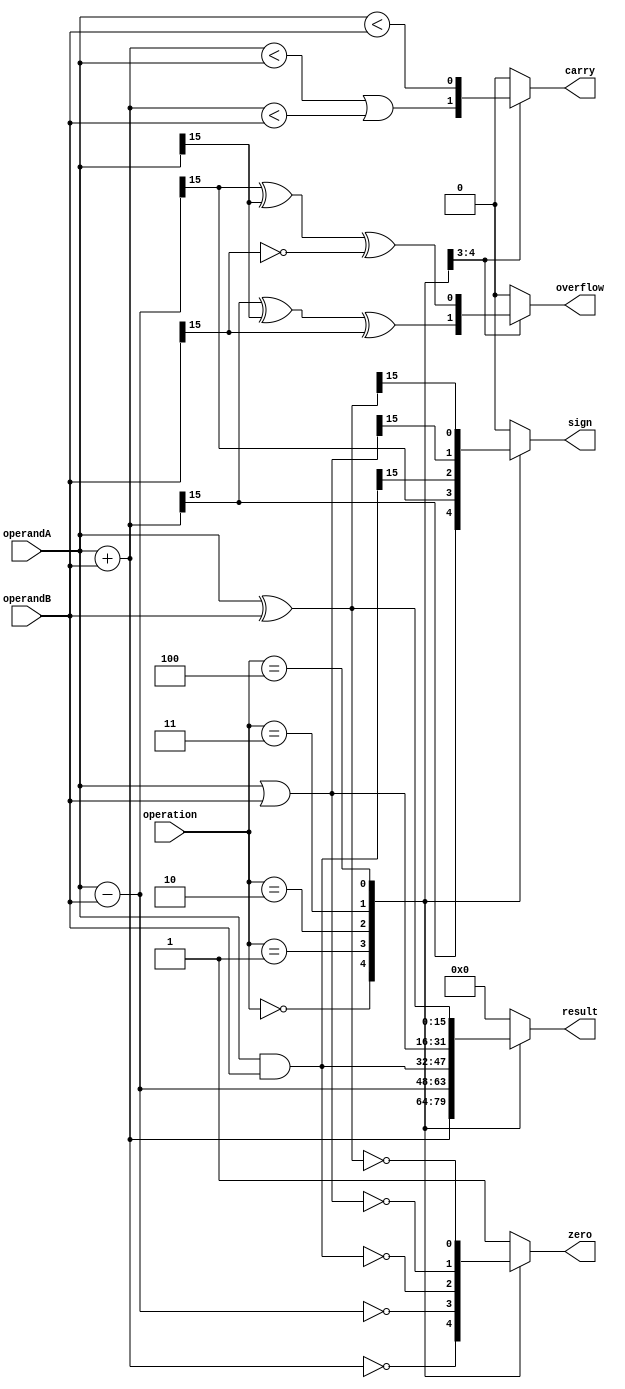
module ALU (
    input [15:0] operandA,
    input [15:0] operandB,
    input [3:0] operation,
    output reg [15:0] result,
    output reg zero,
    output reg overflow,
    output reg carry,
    output reg sign
);

always @ (operandA, operandB, operation) begin
    case (operation)
        4'b0000: begin // Addition
            result = operandA + operandB;
            zero = (result == 0);
            overflow = (result[15] ^ operandA[15] ^ operandB[15]);
            carry = (result < operandA || result < operandB);
            sign = result[15];
        end
        4'b0001: begin // Subtraction
            result = operandA - operandB;
            zero = (result == 0);
            overflow = (result[15] ^ operandA[15] ^ ~operandB[15]);
            carry = (operandA < operandB);
            sign = result[15];
        end
        4'b0010: begin // Bitwise AND
            result = operandA & operandB;
            zero = (result == 0);
            overflow = 1'b0;
            carry = 1'b0;
            sign = result[15];
        end
        4'b0011: begin // Bitwise OR
            result = operandA | operandB;
            zero = (result == 0);
            overflow = 1'b0;
            carry = 1'b0;
            sign = result[15];
        end
        4'b0100: begin // Bitwise XOR
            result = operandA ^ operandB;
            zero = (result == 0);
            overflow = 1'b0;
            carry = 1'b0;
            sign = result[15];
        end
        default: begin
            result = 16'b0;
            zero = 1'b1;
            overflow = 1'b0;
            carry = 1'b0;
            sign = 1'b0;
        end
    endcase
end

endmodule